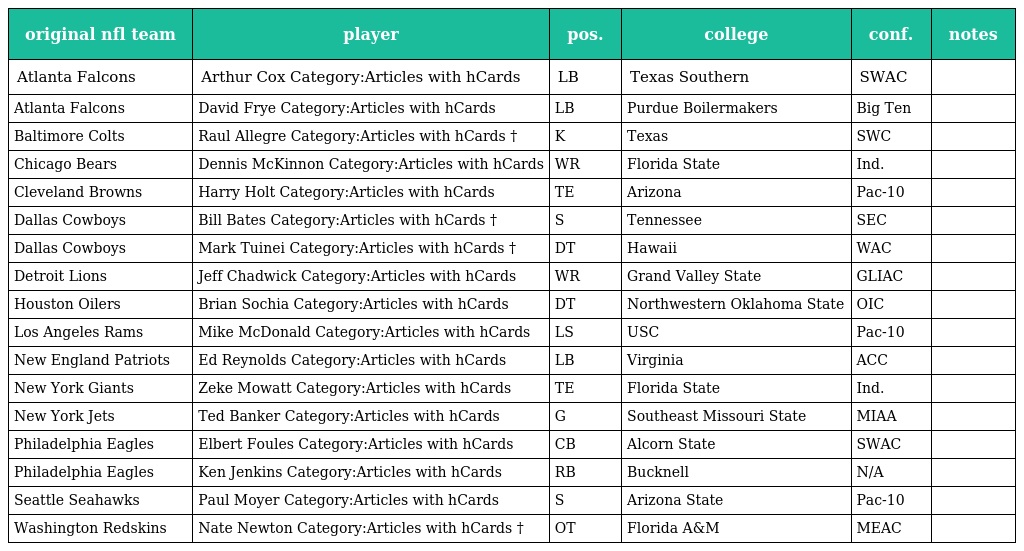
| original nfl team | player | pos. | college | conf. | notes |
 | --- | --- | --- | --- | --- | --- |
 | Atlanta Falcons | Arthur Cox Category:Articles with hCards | LB | Texas Southern | SWAC |  |
 | Atlanta Falcons | David Frye Category:Articles with hCards | LB | Purdue Boilermakers | Big Ten |  |
 | Baltimore Colts | Raul Allegre Category:Articles with hCards † | K | Texas | SWC |  |
 | Chicago Bears | Dennis McKinnon Category:Articles with hCards | WR | Florida State | Ind. |  |
 | Cleveland Browns | Harry Holt Category:Articles with hCards | TE | Arizona | Pac-10 |  |
 | Dallas Cowboys | Bill Bates Category:Articles with hCards † | S | Tennessee | SEC |  |
 | Dallas Cowboys | Mark Tuinei Category:Articles with hCards † | DT | Hawaii | WAC |  |
 | Detroit Lions | Jeff Chadwick Category:Articles with hCards | WR | Grand Valley State | GLIAC |  |
 | Houston Oilers | Brian Sochia Category:Articles with hCards | DT | Northwestern Oklahoma State | OIC |  |
 | Los Angeles Rams | Mike McDonald Category:Articles with hCards | LS | USC | Pac-10 |  |
 | New England Patriots | Ed Reynolds Category:Articles with hCards | LB | Virginia | ACC |  |
 | New York Giants | Zeke Mowatt Category:Articles with hCards | TE | Florida State | Ind. |  |
 | New York Jets | Ted Banker Category:Articles with hCards | G | Southeast Missouri State | MIAA |  |
 | Philadelphia Eagles | Elbert Foules Category:Articles with hCards | CB | Alcorn State | SWAC |  |
 | Philadelphia Eagles | Ken Jenkins Category:Articles with hCards | RB | Bucknell | N/A |  |
 | Seattle Seahawks | Paul Moyer Category:Articles with hCards | S | Arizona State | Pac-10 |  |
 | Washington Redskins | Nate Newton Category:Articles with hCards † | OT | Florida A&M | MEAC |  |